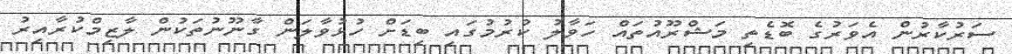
ސަރުކާރުން އެވަރުގެ ބޮޑެތި މަޝްރޫއުތައް ހަވާލު ކުރުމުގައި ބިޑަށް ހުޅުވާލަން ގާނޫނުތަކުން ލާޒިމްކުރާއިރު